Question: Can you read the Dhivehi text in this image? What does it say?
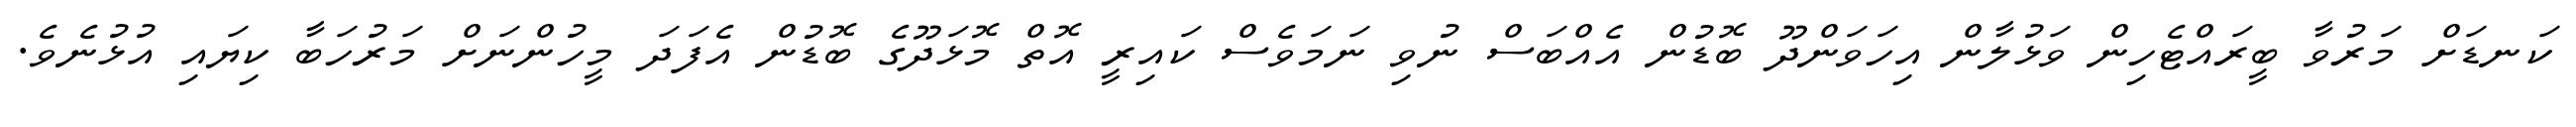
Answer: ކަނޑަށް މަރުވާ ބީރައްޓެހިން ވަޅުލާން އިހަވަންދޫ ބޮޑުން އެއްބަސް ނުވި ނަމަވެސް ކައިރީ އޮތް މޮޅަދޫގެ ބޮޑުން އެފަދަ މީހުންނަށް މަރުހަބާ ކިޔައި އުޅުނެވެ.